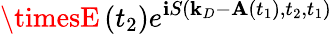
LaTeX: \timesE\left(t_{2}\right)e^{\mathbf{i}S\left(\mathbf{{k}}_{D}-\mathbf{{A}}\left(t_{1}\right),t_{2},t_{1}\right)}